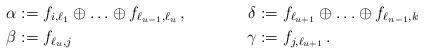
LaTeX: \begin{align*} \alpha & := f_{i,\ell_{1}} \oplus \ldots \oplus f_{\ell_{u-1},\ell_{u}}\,, & \delta & := f_{\ell_{u+1}} \oplus \ldots \oplus f_{\ell_{n-1},k} \, \\ \beta & := f_{\ell_{u},j} \, & \gamma & := f_{j,\ell_{u +1}}\,. \end{align*}